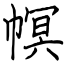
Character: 幎